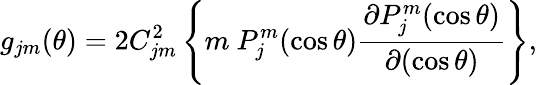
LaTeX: g_{jm}(\theta)=2C_{jm}^{2}\left\{ m~P_{j}^{m}(\cos\theta)\frac{\partial P_{j}^{m}(\cos\theta)}{\partial(\cos\theta)}\right\} ,